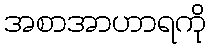
အစာအာဟာရကို